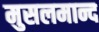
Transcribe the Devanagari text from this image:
मुसलमान्द